Annual administration report of the Civil Veterinary Department, Ajmere-Merwara, British Rajputana - 1914-1940
Year: 1914
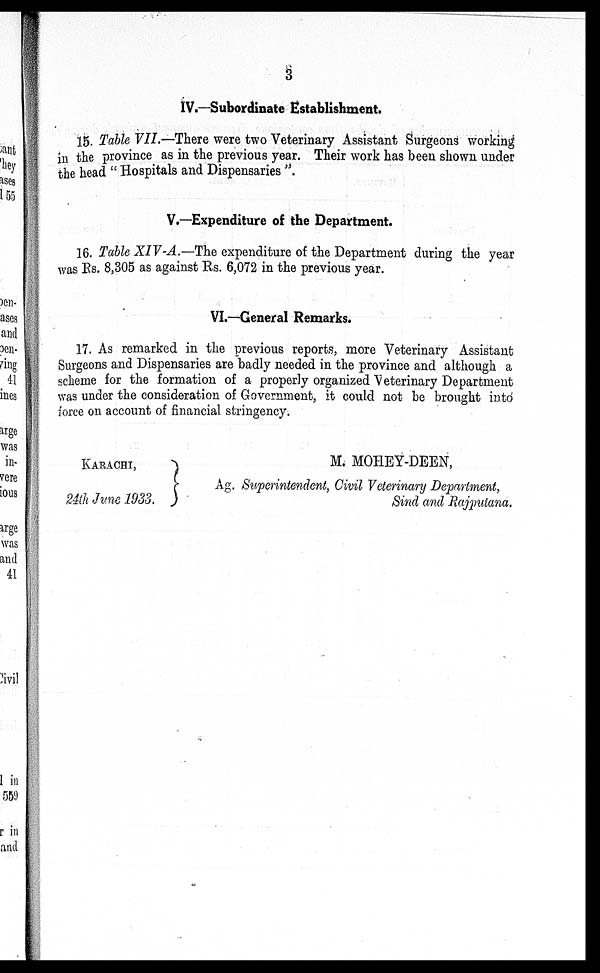
3
IV.—Subordinate Establishment.
15. Table VII.—There were two Veterinary Assistant Surgeons working
in the province as in the previous year. Their work has been shown under
the head "Hospitals and Dispensaries".
V.—Expenditure of the Department.
16. Table XIV-A.—The expenditure of the Department during the year
was Rs. 8,305 as against Rs. 6,072 in the previous year.
VI.—General Remarks.
17. As remarked in the previous reports, more Veterinary Assistant
Surgeons and Dispensaries are badly needed in the province and although a
scheme for the formation of a properly organized Veterinary Department
was under the consideration of Government, it could not be brought into
force on account of financial stringency.
KARACHI,
24th June 1933.
M. MOHEY-DEEN,
Ag. Superintendent, Civil Veterinary Department,
Sind and Rajputana.